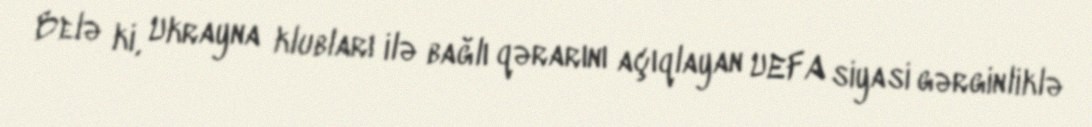
Belə ki, Ukrayna klubları ilə bağlı qərarını açıqlayan UEFA siyasi gərginliklə